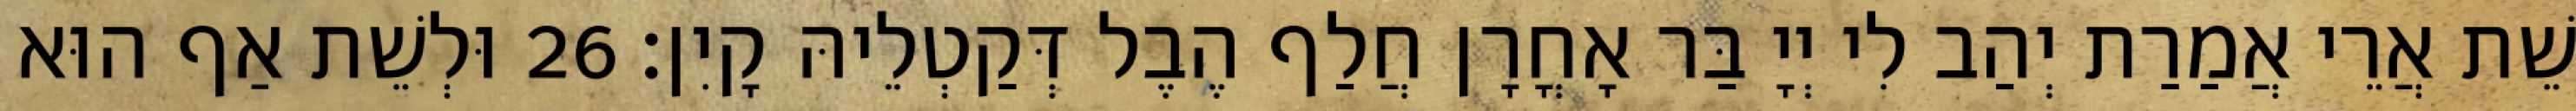
שֵׁת אֲרֵי אֲמַרַת יְהַב לִי יְיָ בַּר אָחֳרָן חֲלַף הֶבֶל דְּקַטְלֵיהּ קָיִן׃ 26 וּלְשֵׁת אַף הוּא